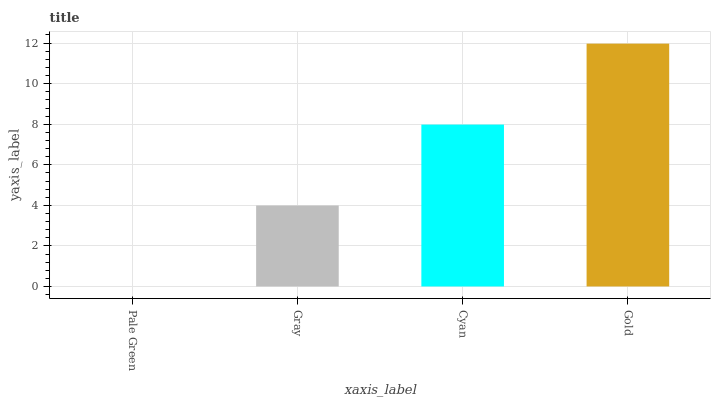
| xaxis_label | bars |
 | --- | --- |
 | Pale Green | 0 |
 | Gray | 3.99 |
 | Cyan | 7.98 |
 | Gold | 12 |